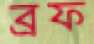
ব্রফ